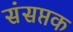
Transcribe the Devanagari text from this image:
संसप्तक